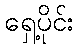
ရှေ့ပိုင်း